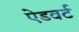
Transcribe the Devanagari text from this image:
ऐडवर्ट